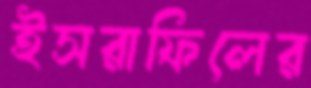
ইসরাফিলের